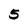
Character: 5